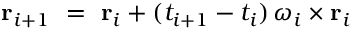
\mathbf r _ { i + 1 } \ = \ \mathbf r _ { i } + ( t _ { i + 1 } - t _ { i } ) \, \boldsymbol \omega _ { i } \times \mathbf r _ { i }